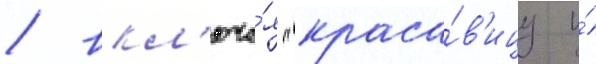
/ вкл'юча́я "краса́в'ицу и́